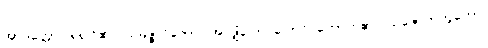
အာဒိတ္တော၊ ရဲရဲငြိ၏။ သမ္ပဇ္ဇလိကော၊ အလျှံပြောင်ပြောင် တောက်၏။ သဇောတိဘူတော၊